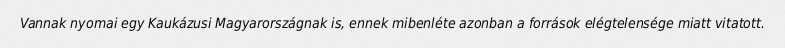
Vannak nyomai egy Kaukázusi Magyarországnak is, ennek mibenléte azonban a források elégtelensége miatt vitatott.